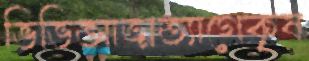
ভিভিআত্মত্যাগেকৃষ